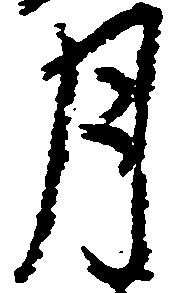
月